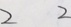
2 2